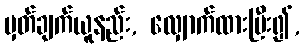
မှတ်ချက်ယူနည်း, လျှောက်ထားပြီး၍,